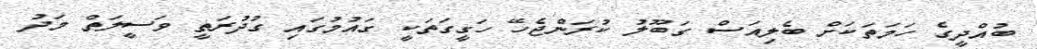
ބުއްދީގެ ހަމަތަކަށް ބެލިއަސް ގަބޫލު ކުރަންޖެހޭ ހަގީގަތަކީ ގައުމުގައި ގުދުރަތީ ވަސީލަތް މަދު